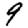
Digit: 9